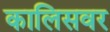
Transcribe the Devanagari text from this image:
कालिसवर